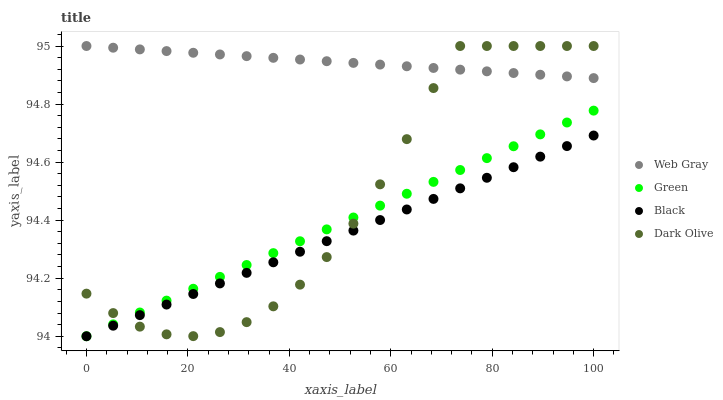
| xaxis_label | Web Gray | Green | Black | Dark Olive |
 | --- | --- | --- | --- | --- |
 | 0 | 95 | 94 | 94 | 94.1 |
 | 5.26 | 95 | 94 | 94 | 94.1 |
 | 10.5 | 95 | 94.1 | 94.1 | 94 |
 | 15.8 | 95 | 94.1 | 94.1 | 94 |
 | 21.1 | 95 | 94.2 | 94.1 | 94 |
 | 26.3 | 95 | 94.2 | 94.2 | 94 |
 | 31.6 | 95 | 94.2 | 94.2 | 94 |
 | 36.8 | 95 | 94.3 | 94.3 | 94.1 |
 | 42.1 | 95 | 94.3 | 94.3 | 94.2 |
 | 47.4 | 94.9 | 94.4 | 94.3 | 94.3 |
 | 52.6 | 94.9 | 94.4 | 94.4 | 94.4 |
 | 57.9 | 94.9 | 94.5 | 94.4 | 94.5 |
 | 63.2 | 94.9 | 94.5 | 94.4 | 94.7 |
 | 68.4 | 94.9 | 94.5 | 94.5 | 94.9 |
 | 73.7 | 94.9 | 94.6 | 94.5 | 95 |
 | 78.9 | 94.9 | 94.6 | 94.5 | 95 |
 | 84.2 | 94.9 | 94.7 | 94.6 | 95 |
 | 89.5 | 94.9 | 94.7 | 94.6 | 95 |
 | 94.7 | 94.9 | 94.7 | 94.7 | 95 |
 | 100 | 94.9 | 94.8 | 94.7 | 95 |